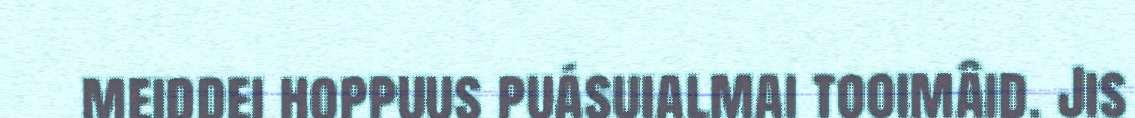
meiddei hoppuus puásuialmai tooimâid. Jis